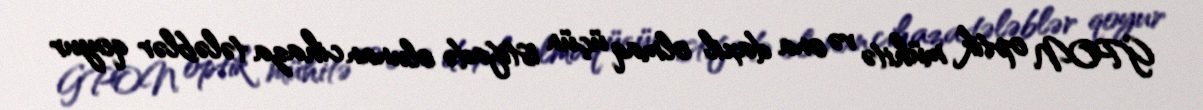
GPON optik mühitə və ona daxil olmaq üçün istifadə olunan cihaza tələblər qoyur